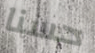
حسنا